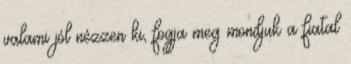
valami jól nézzen ki, fogja meg mondjuk a fiatal